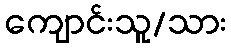
ကျောင်းသူ/သား